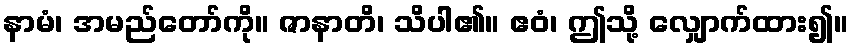
နာမံ၊ အမည်တော်ကို။ ဇာနာတိ၊ သိပါ၏။ ဧဝံ၊ ဤသို့ လျှောက်ထား၍။